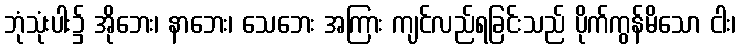
ဘုံသုံးပါး၌ အိုဘေး၊ နာဘေး၊ သေဘေး အကြား ကျင်လည်ရခြင်းသည် ပိုက်ကွန်မိသော ငါး၊